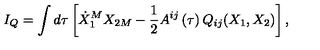
I _ { Q } = \int d \tau \left[ \dot { X } _ { 1 } ^ { M } X _ { 2 M } - { \frac { 1 } { 2 } } A ^ { i j } \left( \tau \right) Q _ { i j } ( X _ { 1 } , X _ { 2 } ) \right] ,